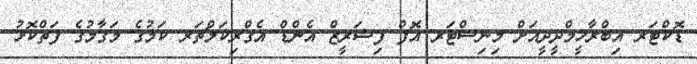
ޑޮކްޓަރ އިބްރާހީމްދީދީއަށް މިނިސްޓަރ އޮފް ފިޝަރީޒް އެންޑް އެގްރިކަލްޗަރ ކަމުގެ މަގާމުގެ ފަތްކޮޅު